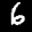
Label: 6